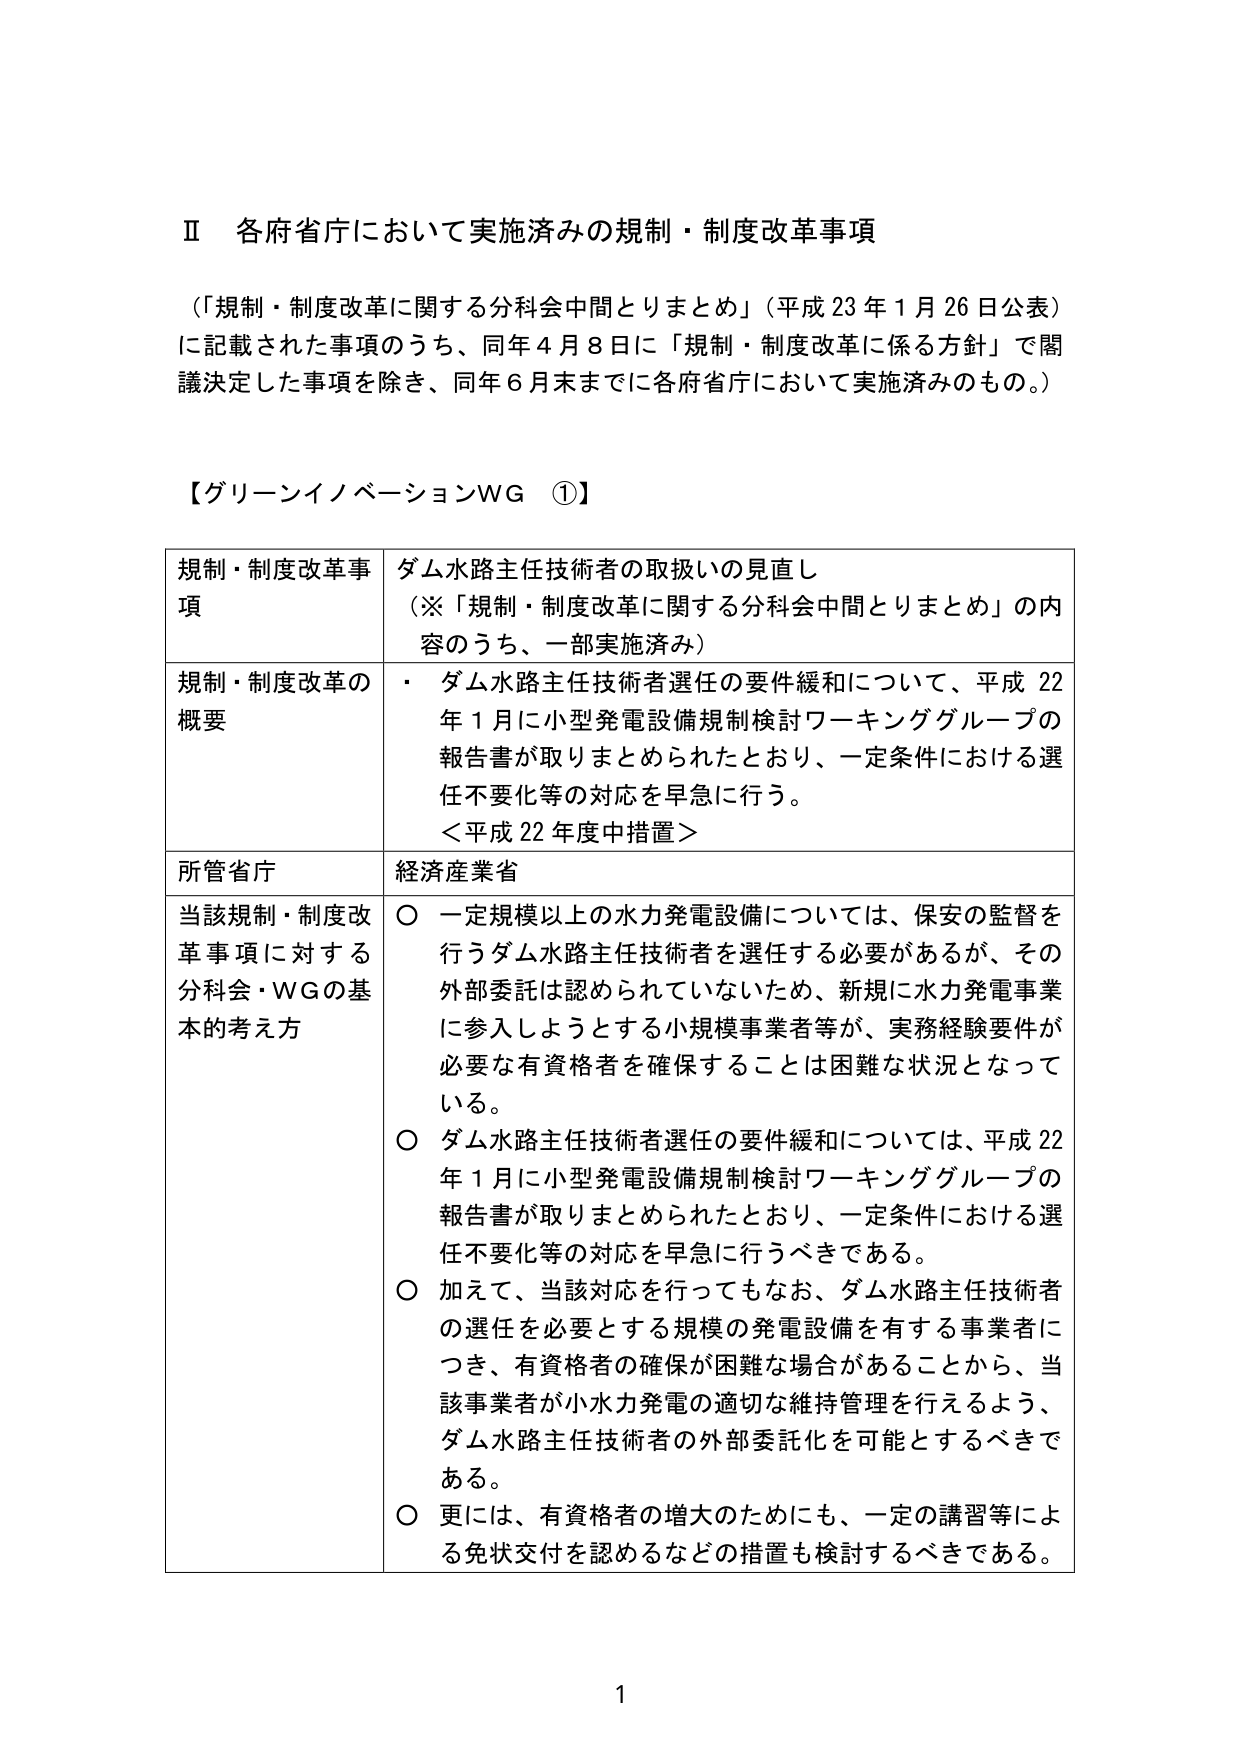
Ⅱ 各府省庁において実施済みの規制・制度改革事項

（「規制・制度改革に関する分科会中間とりまとめ」（平成23年1月26日公表）に記載された事項のうち、同年4月8日に「規制・制度改革に係る方針」で閣議決定した事項を除き、同年6月末までに各府省庁において実施済みのもの。）

【グリーンイノベーションWG ①】

規制・制度改革事項 ダム水路主任技術者の取扱いの見直し
（※「規制・制度改革に関する分科会中間とりまとめ」の内容のうち、一部実施済み）

規制・制度改革の概要
・ ダム水路主任技術者選任の要件緩和について、平成22年1月に小型発電設備規制検討ワーキンググループの報告書が取りまとめられたとおり、一定条件における選任不要化等の対応を早急に行う。
＜平成22年度中措置＞

所管省庁 経済産業省

当該規制・制度改革事項に対する分科会・WGの基本的考え方
○ 一定規模以上の水力発電設備については、保安の監督を行うダム水路主任技術者を選任する必要があるが、その外部委託は認められていないため、新規に水力発電事業に参入しようとする小規模事業者等が、実務経験要件が必要な有資格者を確保することは困難な状況となっている。
○ ダム水路主任技術者選任の要件緩和については、平成22年1月に小型発電設備規制検討ワーキンググループの報告書が取りまとめられたとおり、一定条件における選任不要化等の対応を早急に行うべきである。
○ 加えて、当該対応を行ってもなお、ダム水路主任技術者の選任を必要とする規模の発電設備を有する事業者につき、有資格者の確保が困難な場合があることから、当該事業者が小水力発電の適切な維持管理を行えるよう、ダム水路主任技術者の外部委託化を可能とするべきである。
○ 更には、有資格者の増大のためにも、一定の講習等による免状交付を認めるなどの措置も検討するべきである。

1